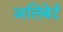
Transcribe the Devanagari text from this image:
अलिबेर्ट